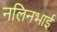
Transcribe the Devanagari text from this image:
नलिनभाई